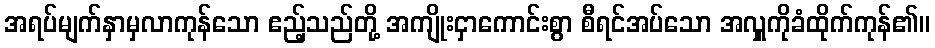
အရပ်မျက်နှာမှလာကုန်သော ဧည့်သည်တို့ အကျိုးငှာကောင်းစွာ စီရင်အပ်သော အလှူကိုခံထိုက်ကုန်၏။